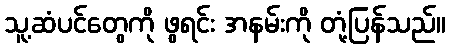
သူ့ဆံပင်တွေကို ဖွရင်း အနမ်းကို တုံ့ပြန်သည်။